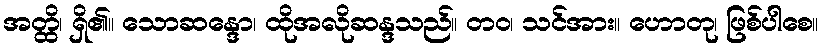
အတ္ထိ၊ ရှိ၏။ သောဆန္ဒော၊ ထိုအလိုဆန္ဒသည်။ တဝ၊ သင်အား။ ဟောတု၊ ဖြစ်ပါစေ။